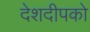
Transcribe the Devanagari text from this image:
देशदीपको